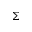
\Sigma